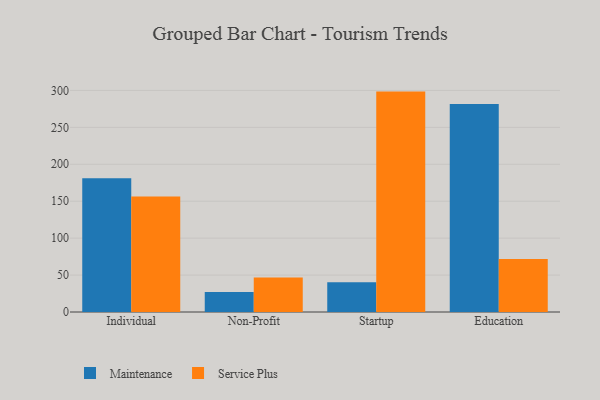
{"axis": {"x": "Segment", "y": "Net Income (USD K)"}, "legend": ["Maintenance", "Service Plus"], "data": [{"x": "Individual", "y": 181.2, "type": "Maintenance"}, {"x": "Individual", "y": 156.4, "type": "Service Plus"}, {"x": "Non-Profit", "y": 27.1, "type": "Maintenance"}, {"x": "Non-Profit", "y": 46.6, "type": "Service Plus"}, {"x": "Startup", "y": 40.4, "type": "Maintenance"}, {"x": "Startup", "y": 298.4, "type": "Service Plus"}, {"x": "Education", "y": 281.5, "type": "Maintenance"}, {"x": "Education", "y": 71.9, "type": "Service Plus"}]}